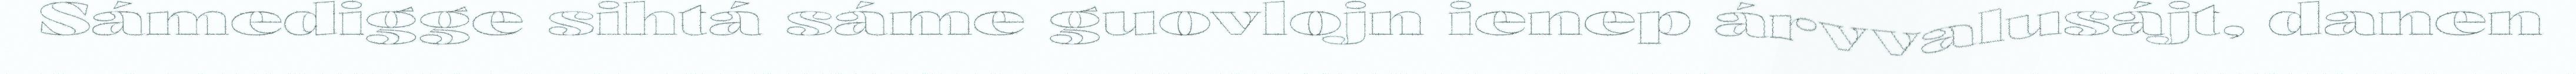
Sámedigge sihtá sáme guovlojn ienep árvvalusájt, danen